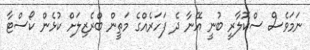
ނަމަވެސް ސްކޮލާރީ ބުނީ އޭނާ ދެ ފަހަރެއްގެ މަތީން ބްރެޒިލަށް ކުޅެން ކޯސްޓާ